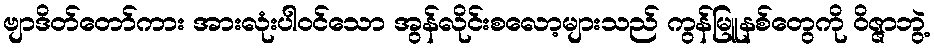
ဗျာဒိတ်တော်ကား အားလုံးပါ၀င်သော အွန်လိုင်းစလော့များသည် ကွန်မြူနစ်တွေကို ဝိဇ္ဇာဘွဲ့